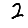
Digit: 2